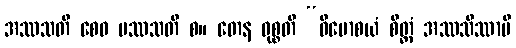
အဿသတိ စေဝ ပဿသတိ စ။ တေန ဝုစ္စတိ “ဝိမောစယံ စိတ္တံ အဿသိဿာမိ